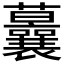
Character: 𱿉